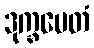
ဒုက္ခမေတံ